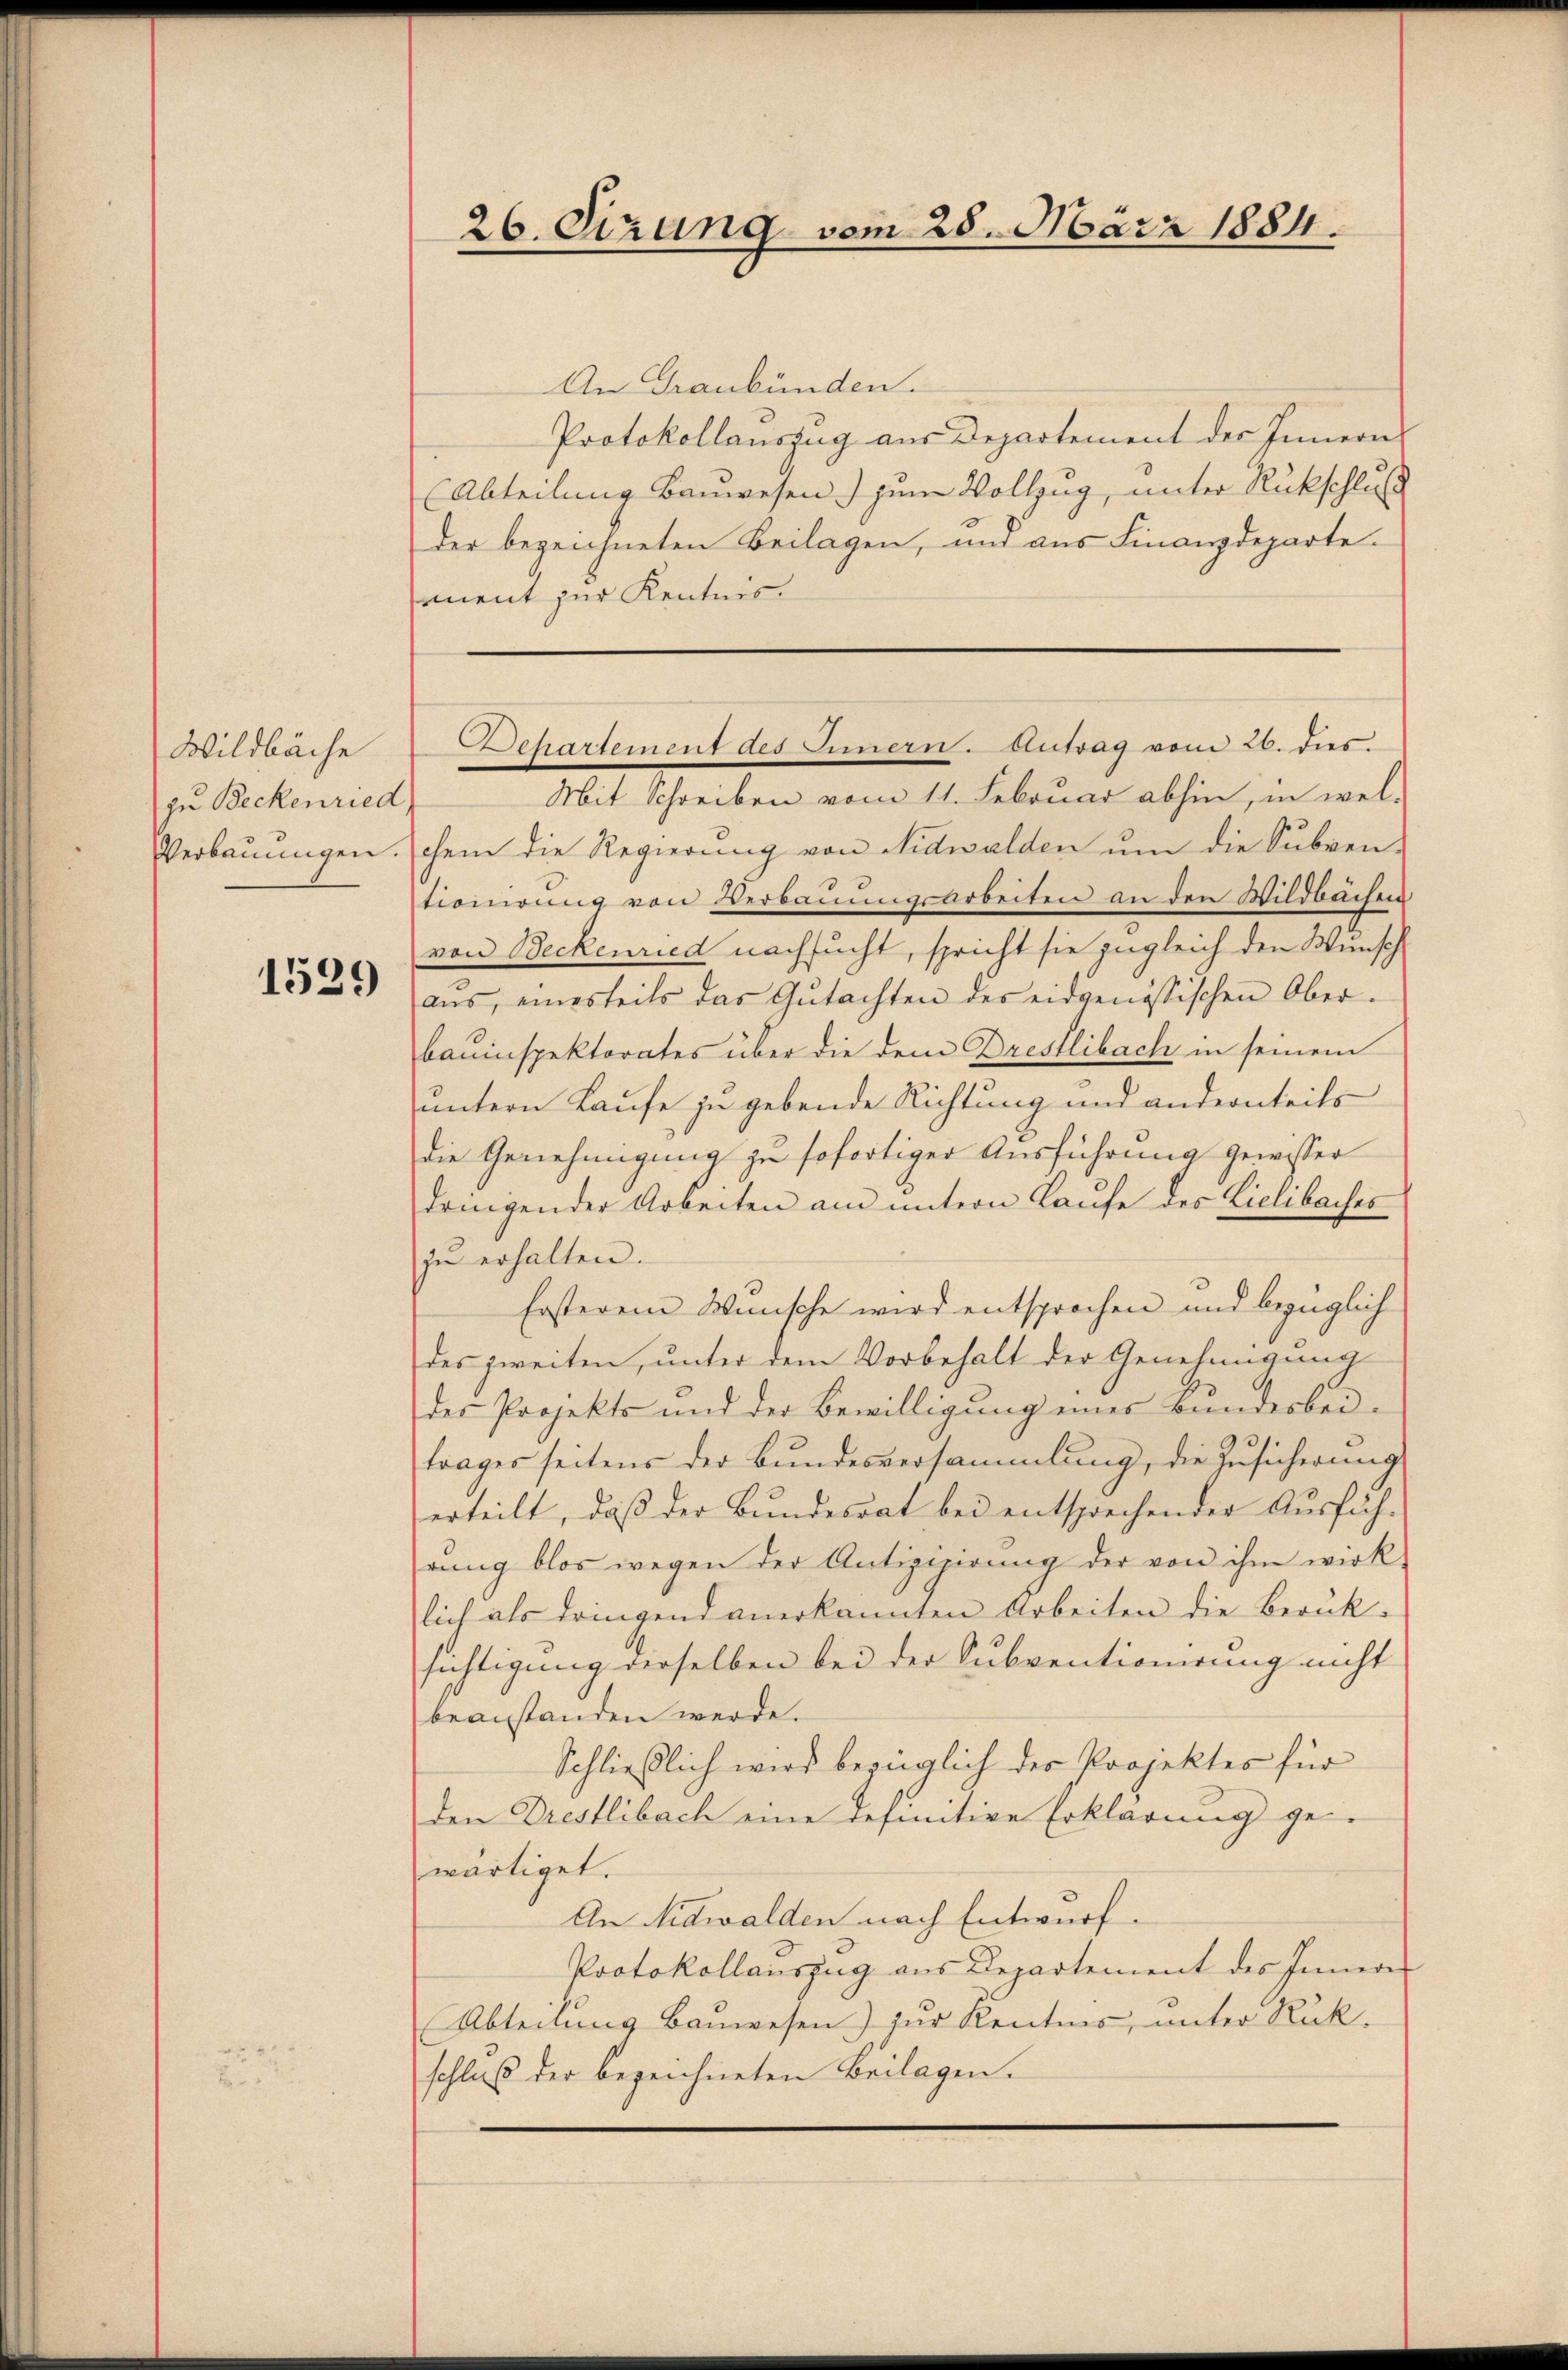
Wildbäche
zu Beckenried
Verbauungen.

1539

26. Dezung vom 25. März 1884.

An Graubünden.
Protokollauszug aus Departement des Innern
(Abteilung Bauwesen) zum Vollzug, unter Rückschluß
der bezeichneten Beilagen, und aus Finanzdeparte.
ment zur Kentnis.
Mit Schreiben vom 11. Februar abhin, in wel-
chem die Regierung von Nidwalden um die Subven-
tioinrung von Verbauungsarbeiten an den Wildbachen
von Beckenried nachsucht, spricht sie zugleich den Wunsch
aŭs, einesteils das Gŭtachten des eidgenössischen Ober-
bauinspektorates über die dem Drestlibach in seinem
untern Laufe zu gebende Richtung und andernteils
die Genehmigung zu sofortiger Ausführung gewisser
dringender Arbeiten am untern Laufe des Liclibaches
zŭ erhalten.
Ersterem Wünsche wird entsprochen und bezüglich
des zweiten, unter dem Vorbehalt der Genehmigung
des Projekts und der Bewilligung eines Bundesbeitrages seitens der Bundesversammlung, die Zusicherung
erteilt, daß der Bundesrat bei entsprechender Ausführŭng blos wegen der Antigisirŭng der von ihm wirk
lich als dringend anerkannten Arbeiten die Berük-
sichtigung derselben bei der Subventionirung nicht
beanstanden werde.
Schließlich wird bezüglich der Projektes für
den Drestlibach eine definitive Erklärung ge
wärtiget.
An Nidwalden nach Entwurf.
Protokollauszug aus Departement des Innern
Abteilung Bauwesen) zur Kentnis, unter Rück-
schluß der bezeichneten Beilagen.

Behartement des Innern. Antrag vom 26. dies.